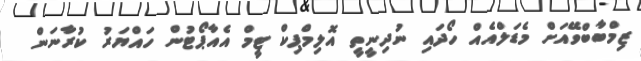
ޒިމްބާބްވޭއަށް މެޑަލްއެއް ހޯދައި ނުދިނީތީ އޮލިމްޕިކް ޓީމް އެއާޕޯޓުން ހައްޔަރު ކުރާނަން